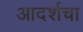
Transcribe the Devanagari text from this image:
आदर्शचा